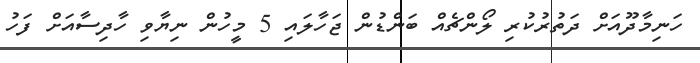
ހަނިމާދޫއަށް ދަތުރުކުރި ލޯންޗެއް ބަންޑުން ޖަހާލައި 5 މީހުން ނިޔާވި ހާދިސާއަށް ފަހު